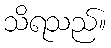
သိရသည်။